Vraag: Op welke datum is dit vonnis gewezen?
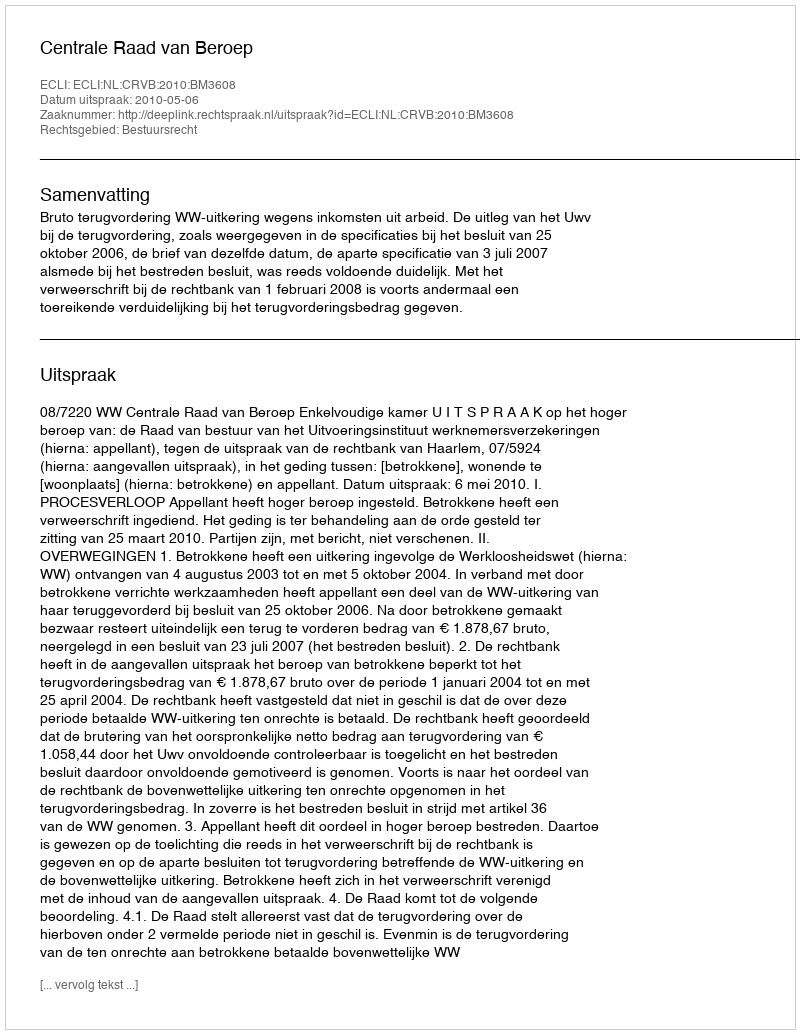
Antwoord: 2010-05-06